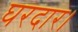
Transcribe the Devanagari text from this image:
घरदार।